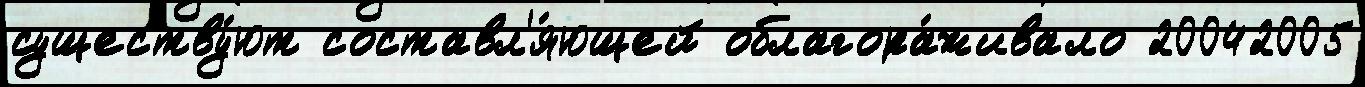
существу́ют составл'я́ющей облагора́живало 20042005